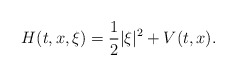
\begin{align*}H(t,x,\xi)=\frac{1}{2}|\xi|^2+V(t,x).\end{align*}